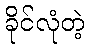
ခိုင်လုံတဲ့